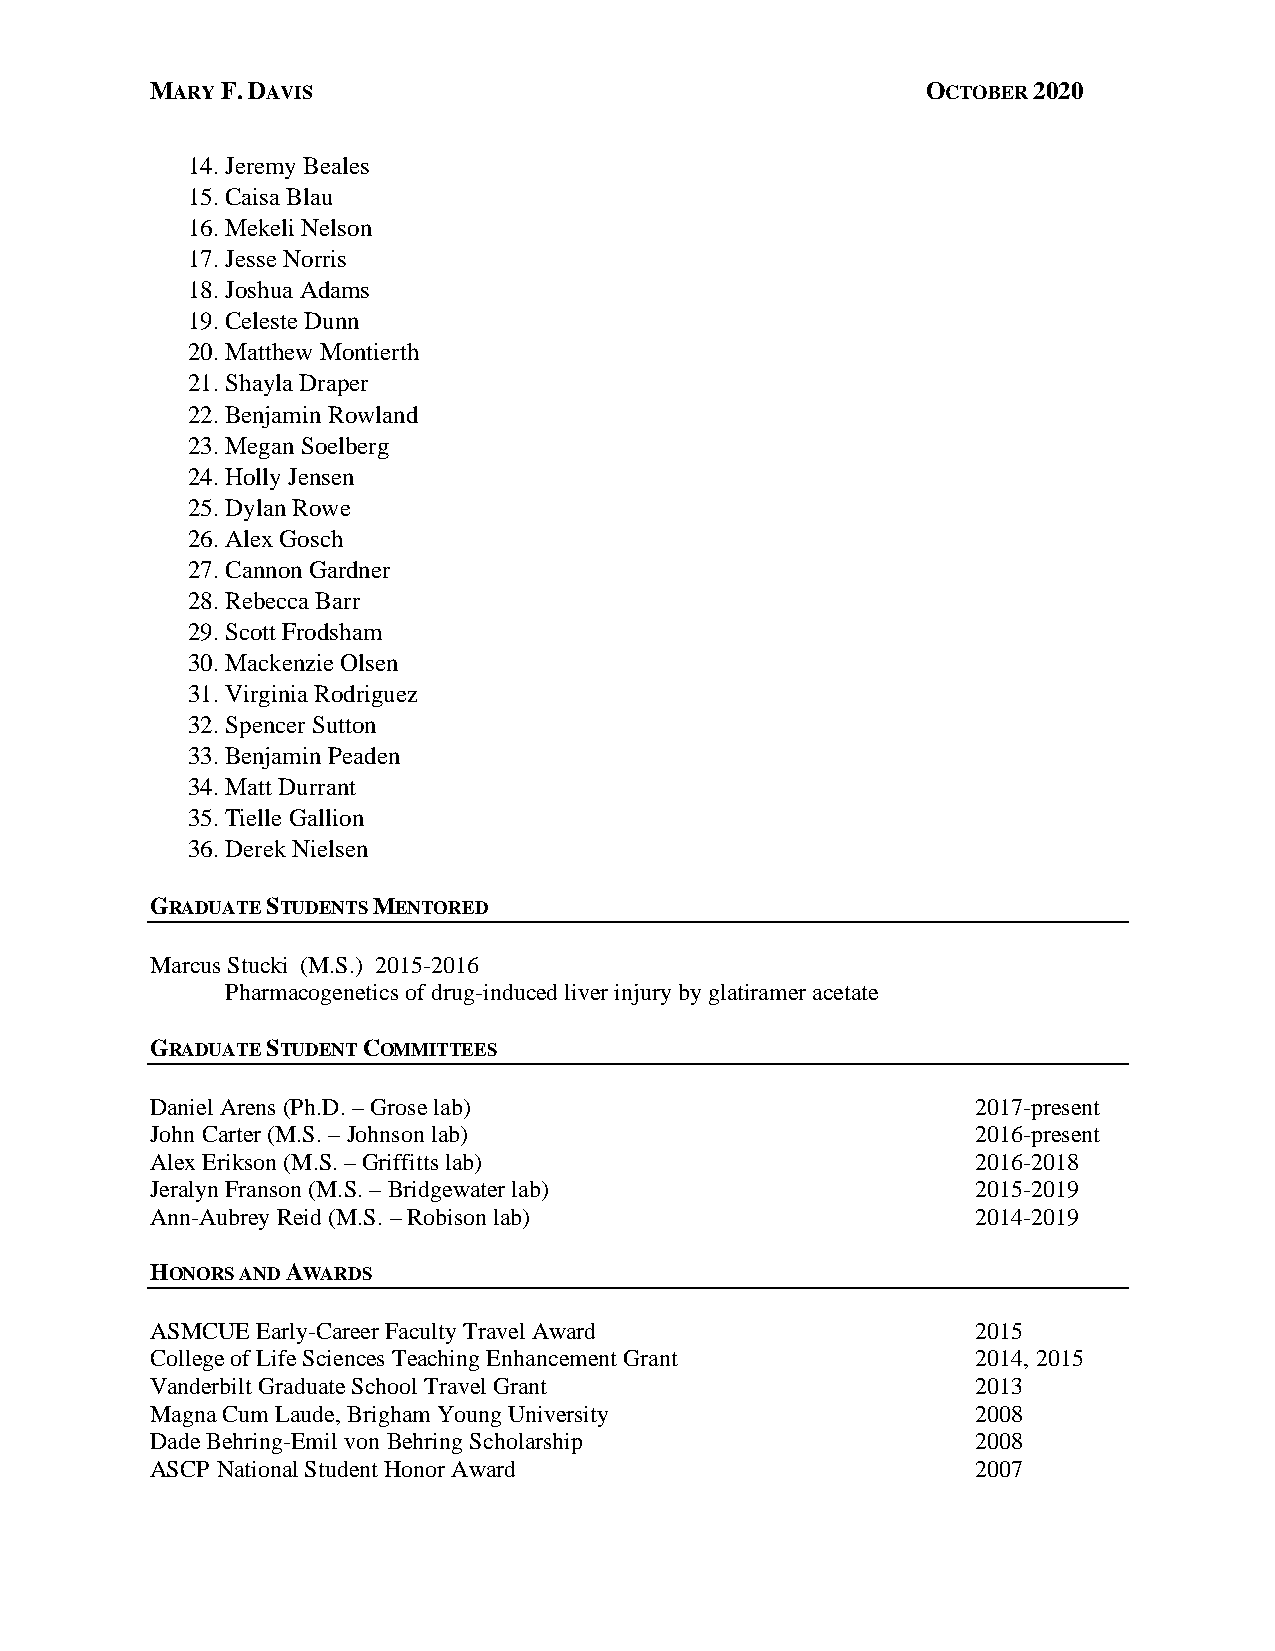
MARY F. DAVIS                                      OCTOBER 2020
 14. Jeremy Beales
 15. Caisa Blau
 16. Mekeli Nelson
 17. Jesse Norris
 18. Joshua Adams
 19. Celeste Dunn
 20. Matthew Montierth
 21. Shayla Draper
 22. Benjamin Rowland
 23. Megan Soelberg
 24. Holly Jensen
 25. Dylan Rowe
 26. Alex Gosch
 27. Cannon Gardner
 28. Rebecca Barr
 29. Scott Frodsham
 30. Mackenzie Olsen
 31. Virginia Rodriguez
 32. Spencer Sutton
 33. Benjamin Peaden
 34. Matt Durrant
 35. Tielle Gallion
 36. Derek Nielsen
 GRADUATE STUDENTS MENTORED
 Marcus Stucki (M.S.) 2015-2016
 Pharmacogenetics of drug-induced liver injury by glatiramer acetate
 GRADUATE STUDENT COMMITTEES
 Daniel Arens (Ph.D. – Grose lab)                       2017-present
 John Carter (M.S. – Johnson lab)                       2016-present
 Alex Erikson (M.S. – Griffitts lab)                    2016-2018
 Jeralyn Franson (M.S. – Bridgewater lab)               2015-2019
 Ann-Aubrey Reid (M.S. – Robison lab)                   2014-2019
 HONORS AND AWARDS
 ASMCUE Early-Career Faculty Travel Award               2015
 College of Life Sciences Teaching Enhancement Grant    2014, 2015
 Vanderbilt Graduate School Travel Grant                2013
 Magna Cum Laude, Brigham Young University              2008
 Dade Behring-Emil von Behring Scholarship              2008
 ASCP National Student Honor Award                      2007